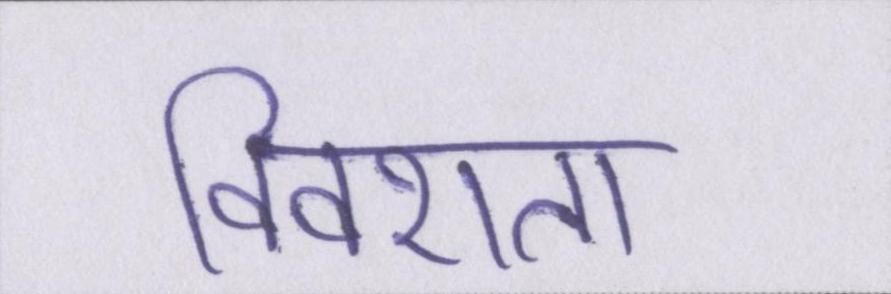
विवशता